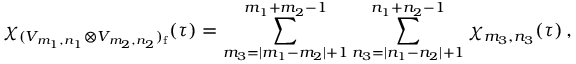
\chi _ { ( { \cal V } _ { m _ { 1 } , n _ { 1 } } \otimes { \cal V } _ { m _ { 2 } , n _ { 2 } } ) _ { \mathrm f } } ( \tau ) = \sum _ { m _ { 3 } = | m _ { 1 } - m _ { 2 } | + 1 } ^ { m _ { 1 } + m _ { 2 } - 1 } \sum _ { n _ { 3 } = | n _ { 1 } - n _ { 2 } | + 1 } ^ { n _ { 1 } + n _ { 2 } - 1 } \chi _ { m _ { 3 } , n _ { 3 } } ( \tau ) \, ,